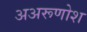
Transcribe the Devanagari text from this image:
अअरूणोश